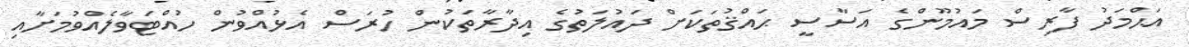
އަޙްމަދު ފާރިސް މައުމޫންގެ އަސާސީ ޙައްޤުތަކަށް ދައުލަތުގެ އިދާރާތަކުން ހުރަސް އެޅުއްވުން ހުއްޓަވާލެއްވުމަށާއި